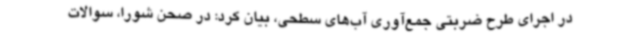
در اجرای طرح ضربتی جمع‌آوری آب‌های سطحی، بیان کرد: در صحن شورا، سوالات